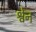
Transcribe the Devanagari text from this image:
श्वेन